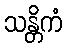
သန္တိကံ